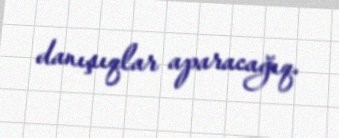
danışıqlar aparacağıq.